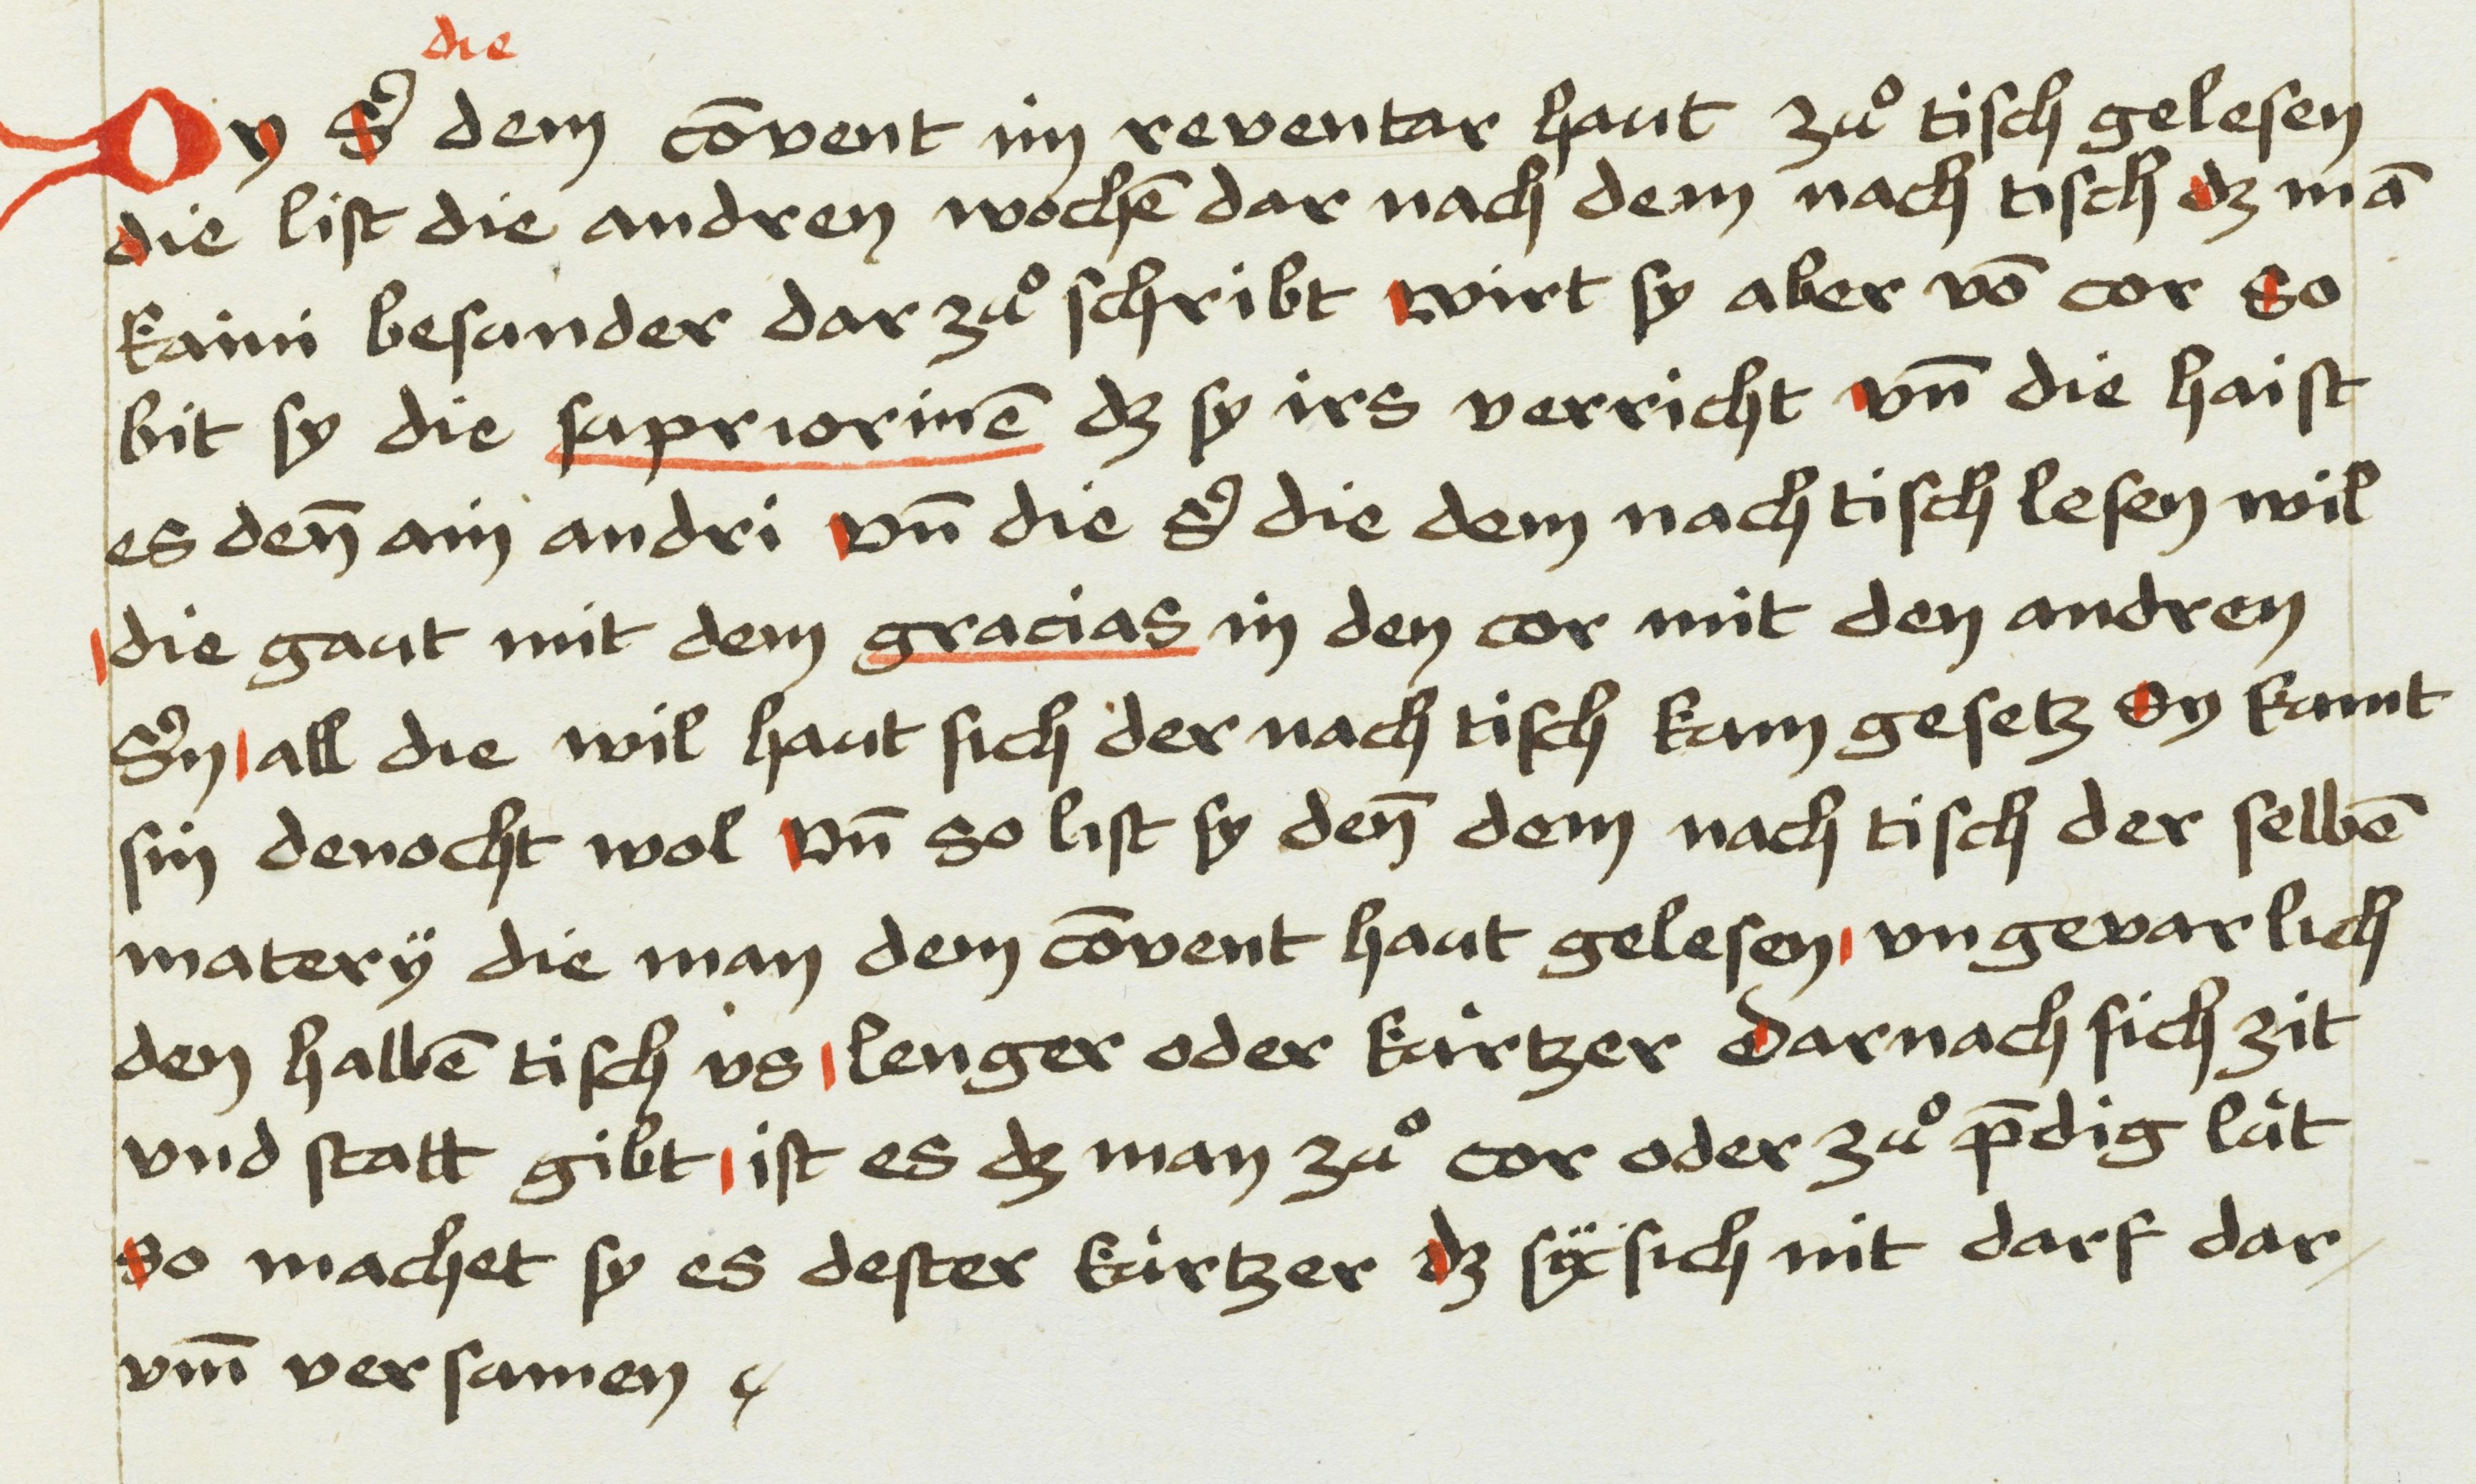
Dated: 1475–1485